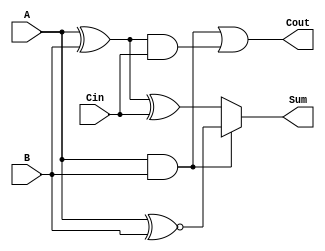
module ConditionalSumFullAdder (
    input wire A,      // First significant bit
    input wire B,      // Second significant bit
    input wire Cin,    // Carry input
    output wire Sum,   // Resulting sum
    output wire Cout   // Resulting carry output
);

    // Internal signals for carry generation
    wire C1;          // Carry generated from A and B
    wire C2;          // Carry generated from (A XOR B) and Cin
    wire Sum1;        // Sum when C1 is true
    wire Sum2;        // Sum when C1 is false

    // Carry generation logic
    assign C1 = A & B;                     // C1 = A AND B
    assign C2 = (A ^ B) & Cin;             // C2 = (A XOR B) AND Cin
    assign Cout = C1 | C2;                 // Cout = C1 OR C2

    // Sum calculation logic
    assign Sum1 = A ~^ B;                  // Sum when C1 is true (A XNOR B)
    assign Sum2 = A ^ B ^ Cin;             // Sum when C1 is false (A XOR B XOR Cin)

    // Conditional selection of sum based on C1
    assign Sum = C1 ? Sum1 : Sum2;         // If C1 is true, select Sum1; otherwise select Sum2

endmodule